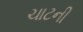
ચાટની